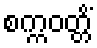
စက္ကဝတ္တိံ